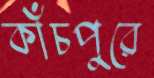
কাঁচপুরে